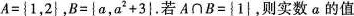
$$A=|1，2|$$，$B=|a，a^{2} +3|$$。若$$A \cap B=|1|$$，则实数α的值